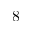
8